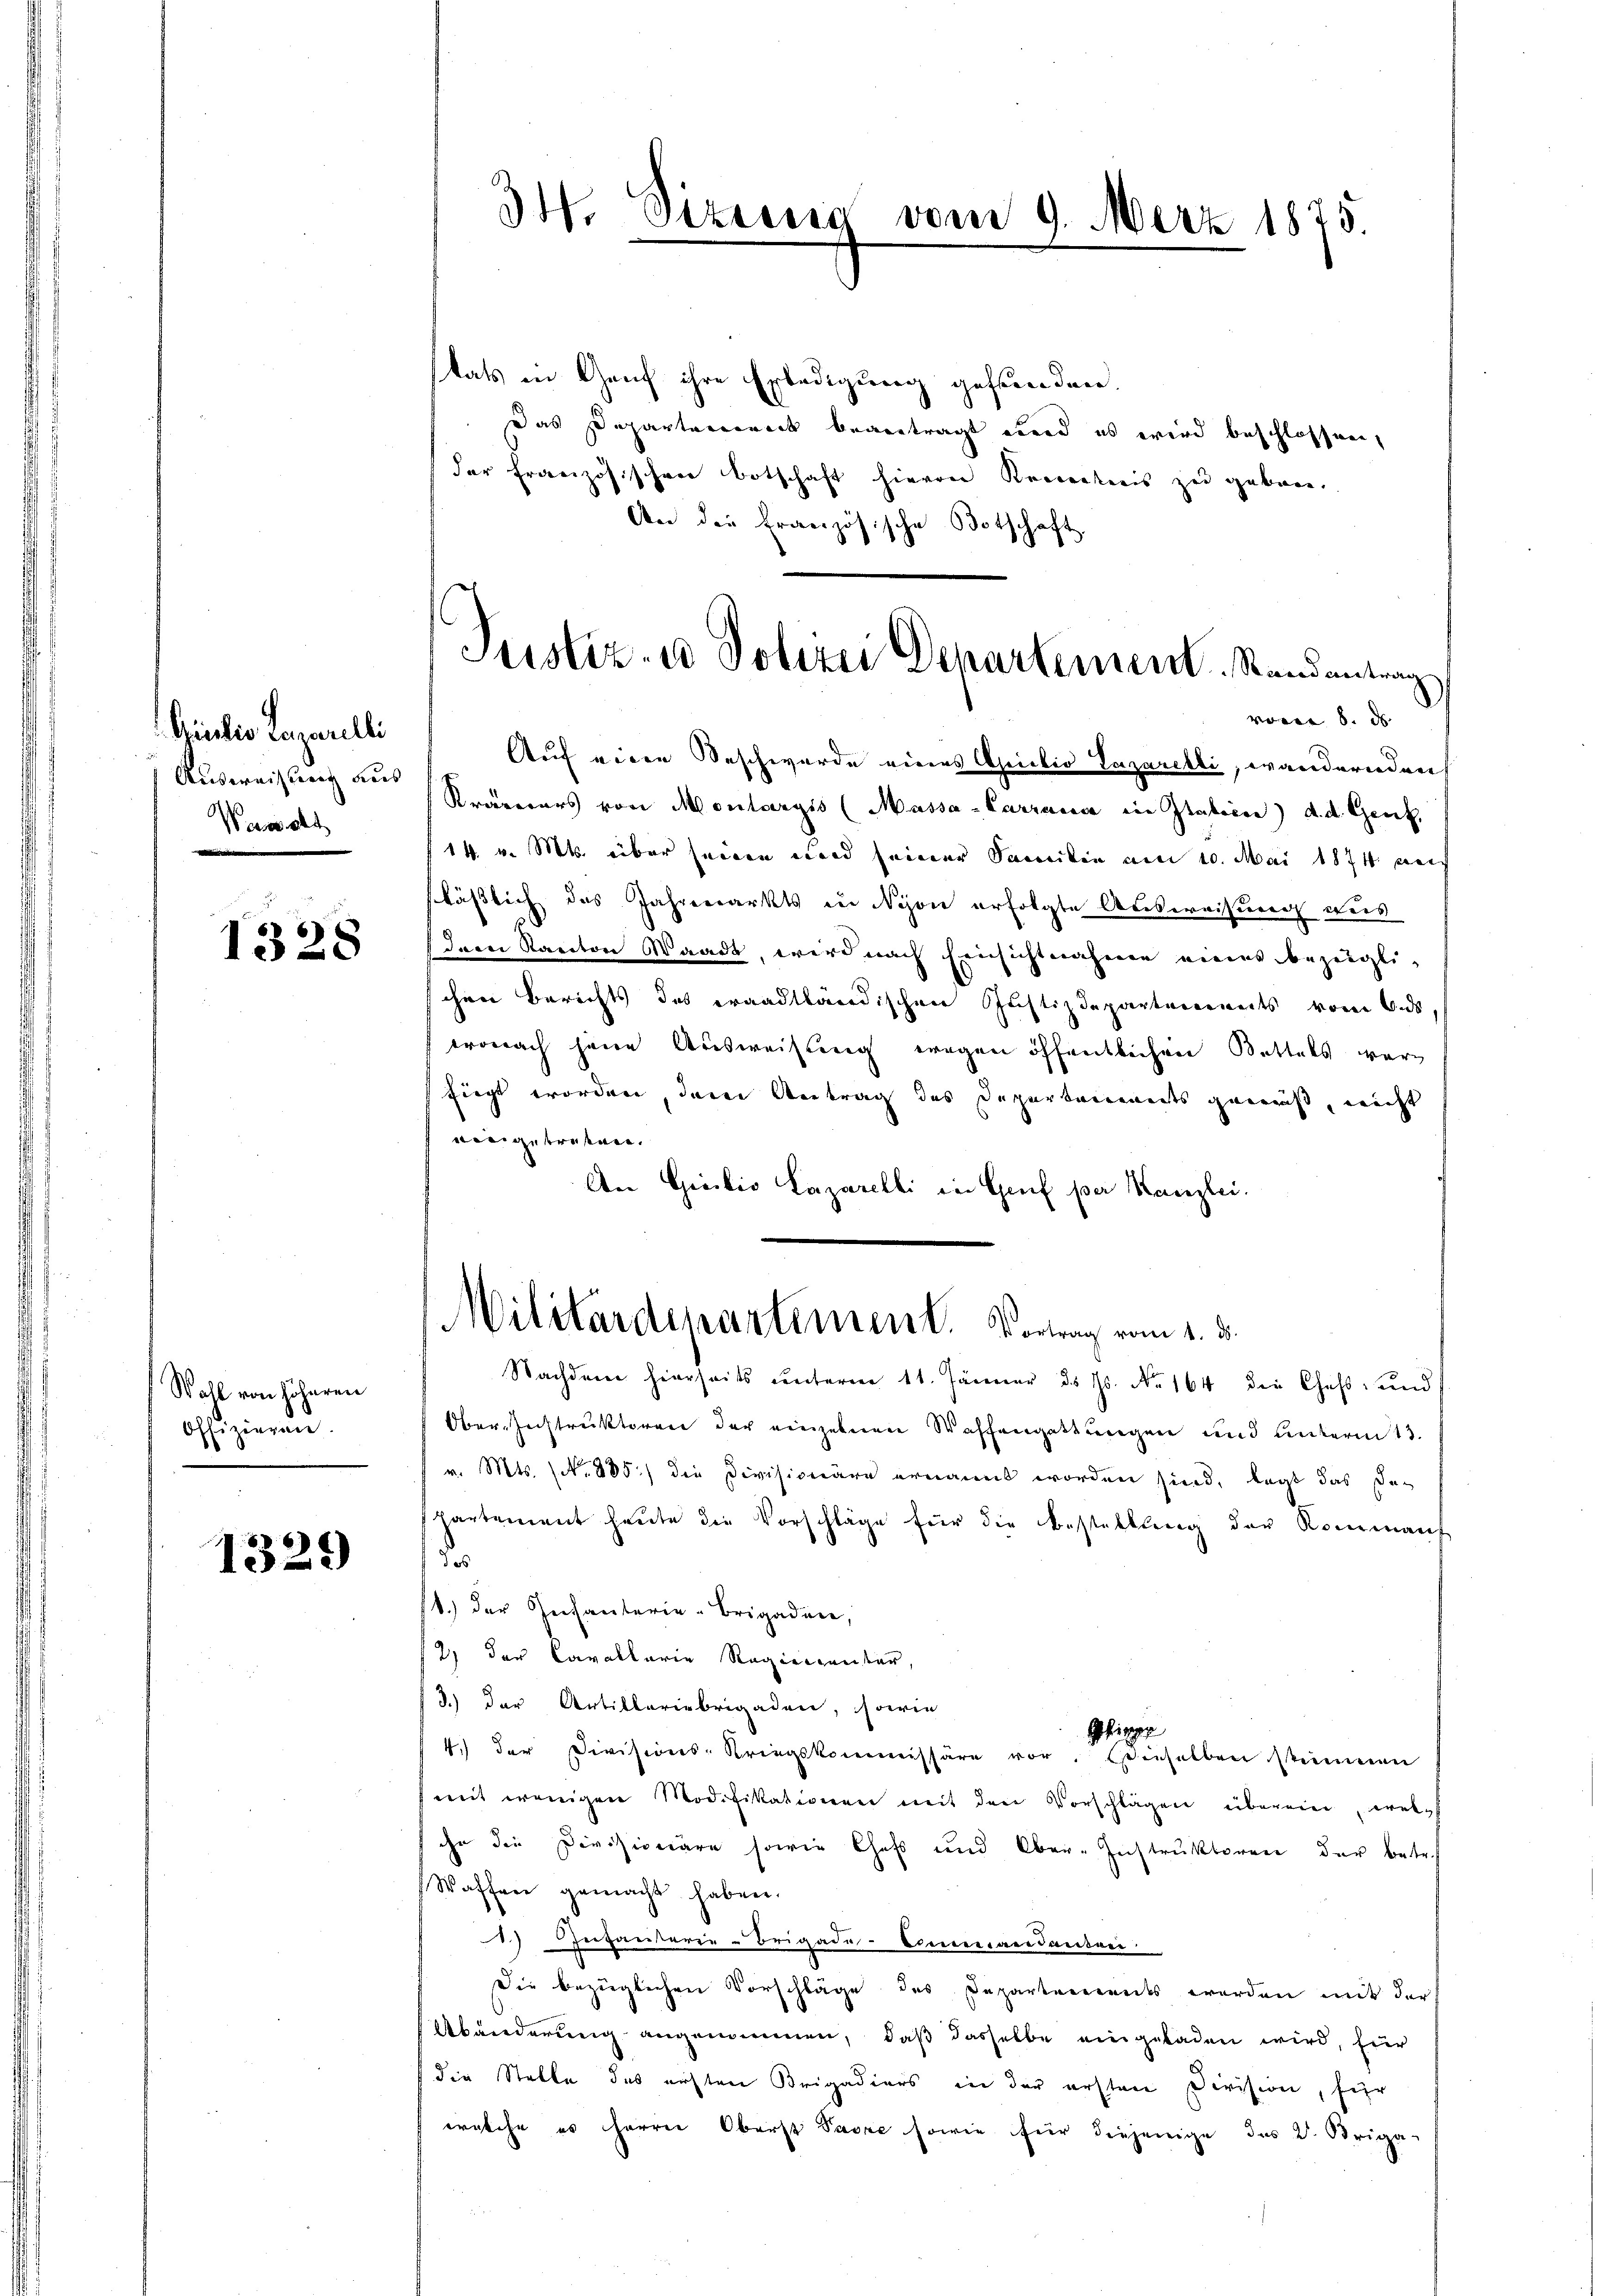
Giulio Lazarelli
Ausweisung aus
Wawalt

1328

Wahl von höheren
offizieren.

1329

34. Sizung vom 9. März 1875.

tats in Genf ihre Erledigung gefunden.
Das Departerroneck beantragt werd es wird beschlossen,
der Französischen Botschaft hievon Koncentreis zu geborn.
An die Französische Botschaft.
voren 8. ds. |
Auf einen Beschwerde eines Anilio Lazaretti, wandernden
Kramerars von Montargis (Massa-Carrand in Italien) d. d. Genf,
14. v. Mts. über seinen wird seiner Saniten am 20. Mai 1874 aus
fläßlich das Jahrenarkts in Nison erfolgte Ausweisung aus
dem Kanton Waadt, wird nach Einsichtnahmen eines bezeiglischen Berichts des craadtländischen Justizdepartenwerts vom 6. ds
tronach jene Ausweisung wegen öffentlichen Bettels wär
fiegt worden, deren Antrag des Departenwerts genus, nicht
vingetreffen.
An Gieibio Lazarelli in Genf per Kanzlei.

Justiz- u Polizei Departement. Randantrag

Militärdepartement. Vortrag vom 1. d.

Nachdem hierseits unterm 11. Jänner d. Js. No 164 die Chast, und
Ober-Jochtruktoren der einzelnen Waffengattungen und unterm 13.
v. Mts. (N. 885) die Divisionäre ernannt worden sind, legt das der
partement heute die Vorschläge für die Bestaltung der Kommanf
de
1.) Der Gesanterie-Brigadine,
2) der Cavallarie Regierunter,
3.) Der Artilleriebrigaden, sowie
Phipper
4) der Divisiones Kriegskommissäre vor, dieselben stimmen
mit wenigen Modifikationen mit den Vorschlägen überein, wel
ihn die Divisionäre sowie Chefs und Ober-Instruktoren der betr.
Waffen gemacht haben.
1) Infanterie-Brigade-Commandanten
Die bezüglichen Vorschläge des Departements werden mit der
Abänderung angenommen, daß dasselbe eingeladen wird, für
die Stelle des ersten Brigadiers in der ersten Division, für
rölche es Herren Oberst Favre sowie für diejenige das V. Briga-